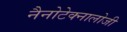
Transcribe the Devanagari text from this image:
नैनोटेक्नालोजी